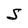
Character: S